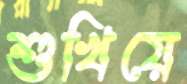
শুখিয়ে